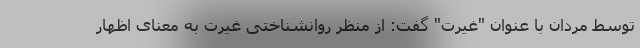
توسط مردان با عنوان "غیرت" گفت: از منظر روانشناختی غیرت به معنای اظهار